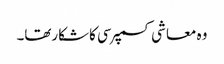
وہ معاشی کسمپرسی کاشکارتھا۔